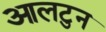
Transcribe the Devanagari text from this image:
आलटुन